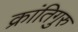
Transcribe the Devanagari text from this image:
क्रांतिगुरु